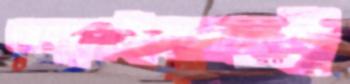
আবদুল্লাহিলপারাই